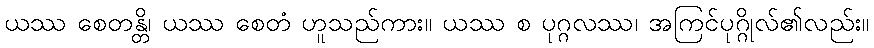
ယဿ စေတန္တိ၊ ယဿ စေတံ ဟူသည်ကား။ ယဿ စ ပုဂ္ဂလဿ၊ အကြင်ပုဂ္ဂိုလ်၏လည်း။